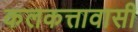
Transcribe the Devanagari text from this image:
कलकत्तावासी